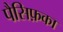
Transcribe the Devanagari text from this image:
पैसिफ़का